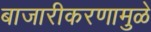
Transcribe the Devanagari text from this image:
बाजारीकरणामुळे